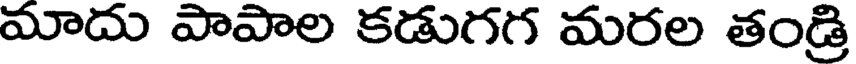
మాదు పాపాల కడుగగ మరల తండ్రి